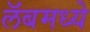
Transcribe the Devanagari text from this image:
लॅबमध्ये